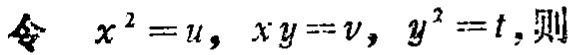
令 \(x^{2}=u,xy = v,y^{2}=t\), 则